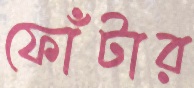
ফোঁটার